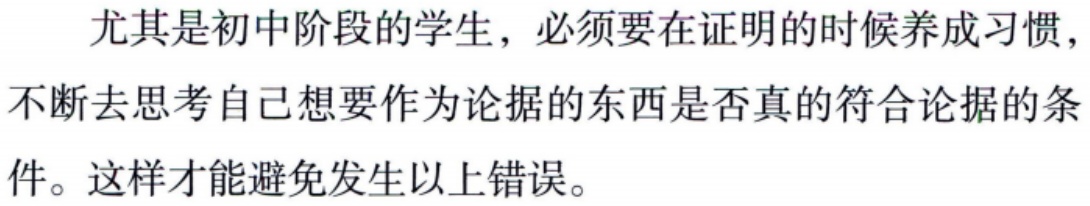
尤其是初中阶段的学生，必须要在证明的时候养成习惯，
不断去思考自己想要作为论据的东西是否真的符合论据的条
件。这样才能避免发生以上错误。